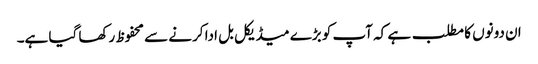
ان دونوں کا مطلب ہے کہ آپ کو بڑے میڈیکل بل ادا کرنے سے محفوظ رکھا گیا ہے۔